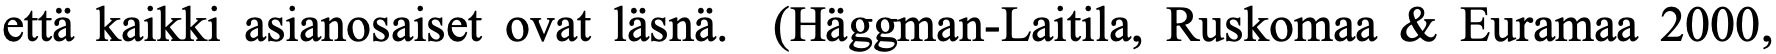
että kaikki asianosaiset ovat läsnä. (Häggman-Laitila, Ruskomaa & Euramaa 2000,